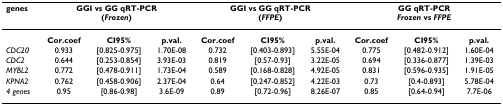
<table><thead><tr><td><b>genes</b></td><td colspan="3"><b>GGI vs GG qRT-PCR(<i>Frozen</i>)</b></td><td colspan="3"><b>GGI vs GG qRT-PCR(<i>FFPE</i>)</b></td><td colspan="3"><b>GG qRT-PCR<i>Frozen </i>vs <i>FFPE</i></b></td></tr></thead><tbody><tr><td></td><td><b>Cor.coef</b></td><td><b>CI95%</b></td><td><b>p.val.</b></td><td><b>Cor.coef</b></td><td><b>CI95%</b></td><td><b>p.val.</b></td><td><b>Cor.coef</b></td><td><b>CI95%</b></td><td><b>p.val.</b></td></tr><tr><td><i>CDC20</i></td><td>0.933</td><td>[0.825-0.975]</td><td>1.70E-08</td><td>0.732</td><td>[0.403-0.893]</td><td>5.55E-04</td><td>0.775</td><td>[0.482-0.912]</td><td>1.60E-04</td></tr><tr><td><i>CDC2</i></td><td>0.644</td><td>[0.253-0.854]</td><td>3.93E-03</td><td>0.819</td><td>[0.57-0.93]</td><td>3.22E-05</td><td>0.694</td><td>[0.336-0.877]</td><td>1.39E-03</td></tr><tr><td><i>MYBL2</i></td><td>0.772</td><td>[0.478-0.911]</td><td>1.73E-04</td><td>0.589</td><td>[0.168-0.828]</td><td>4.92E-05</td><td>0.831</td><td>[0.596-0.935]</td><td>1.91E-05</td></tr><tr><td><i>KPNA2</i></td><td>0.762</td><td>[0.458-0.906]</td><td>2.37E-04</td><td>0.64</td><td>[0.247-0.852]</td><td>4.22E-03</td><td>0.73</td><td>[0.4-0.893]</td><td>5.78E-04</td></tr><tr><td><i>4 genes</i></td><td>0.95</td><td>[0.86-0.98]</td><td>3.6E-09</td><td>0.89</td><td>[0.72-0.96]</td><td>8.26E-07</td><td>0.85</td><td>[0.64-0.94]</td><td>7.7E-06</td></tr></tbody></table>